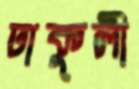
ঢাকুলী